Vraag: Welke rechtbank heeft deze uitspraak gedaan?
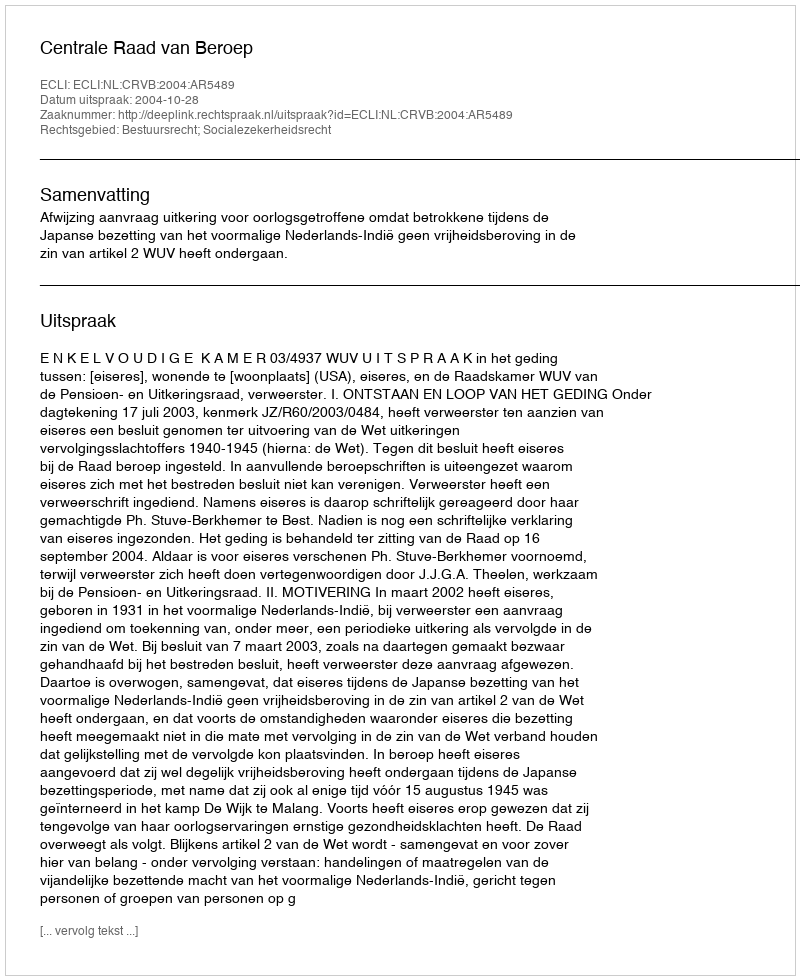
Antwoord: Centrale Raad van Beroep